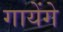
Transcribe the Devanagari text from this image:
गायेंगे